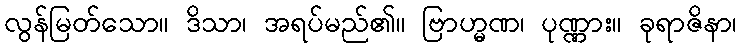
လွန်မြတ်သော။ ဒိသာ၊ အရပ်မည်၏။ ဗြာဟ္မဏ၊ ပုဏ္ဏား။ ခုရာဇိနာ၊